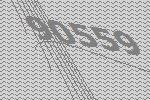
90559